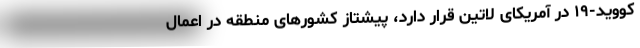
کووید-۱۹ در آمریکای لاتین قرار دارد، پیشتاز کشورهای منطقه در اعمال